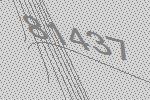
81437